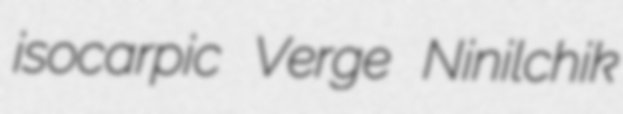
isocarpic Verge Ninilchik